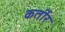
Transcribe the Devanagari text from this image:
कर्तीर